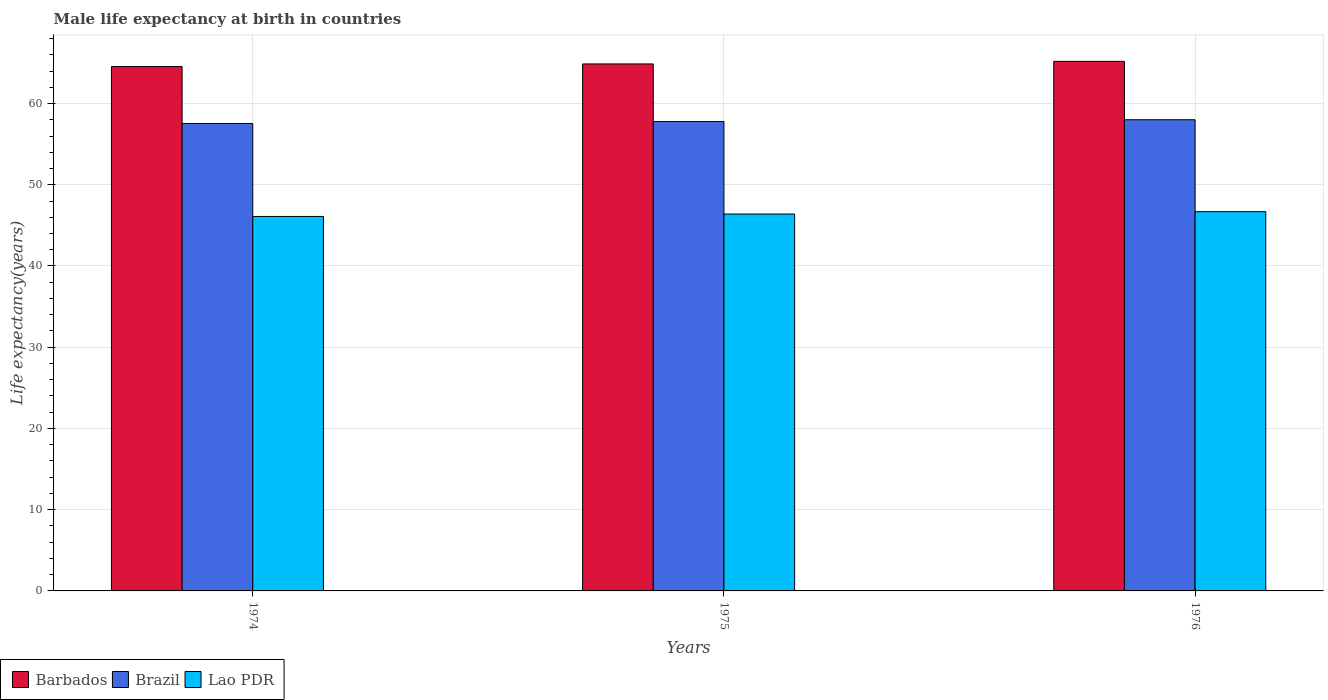
| Years | Barbados | Brazil | Lao PDR |
 | --- | --- | --- | --- |
 | 1974 | 64.5 | 57.5 | 46.1 |
 | 1975 | 64.9 | 57.8 | 46.4 |
 | 1976 | 65.2 | 58 | 46.7 |